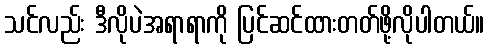
သင်လည်း ဒီလိုပဲအရာရာကို ပြင်ဆင်ထားတတ်ဖို့လိုပါတယ်။